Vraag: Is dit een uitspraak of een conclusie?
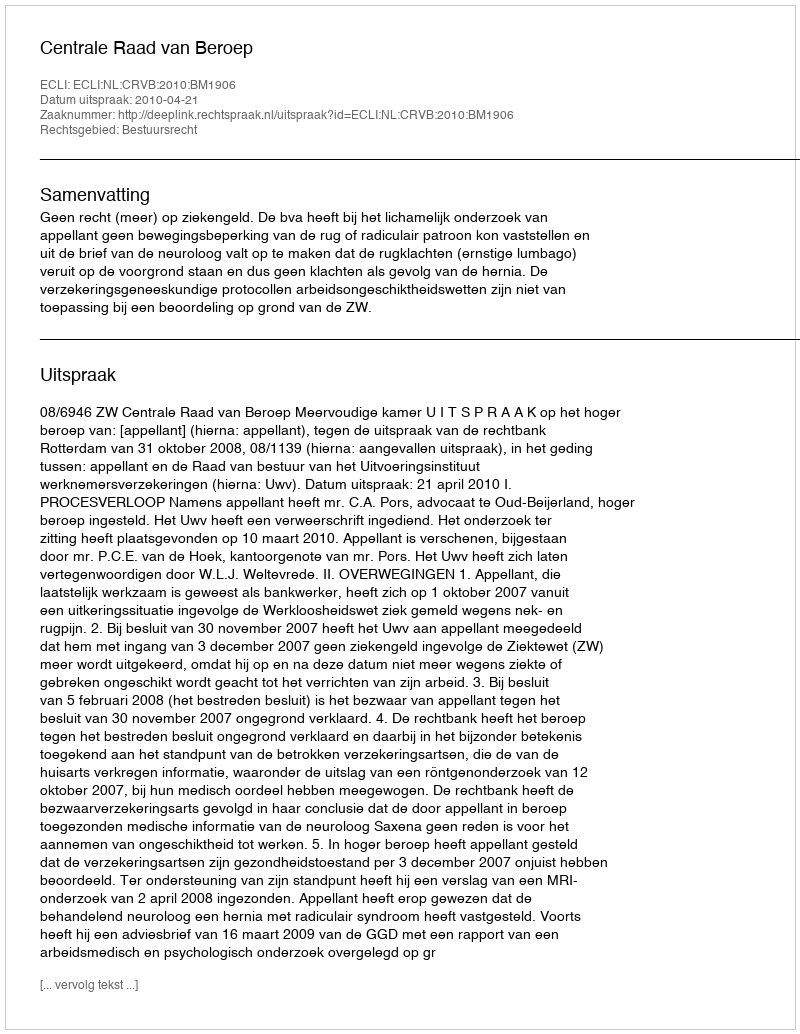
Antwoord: Uitspraak